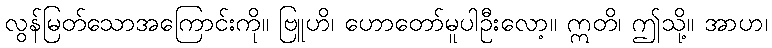
လွန်မြတ်သောအကြောင်းကို။ ဗြူဟိ၊ ဟောတော်မူပါဦးလော့။ ဣတိ၊ ဤသို့။ အာဟ၊